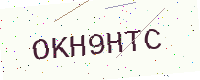
Text: OKH9HTC